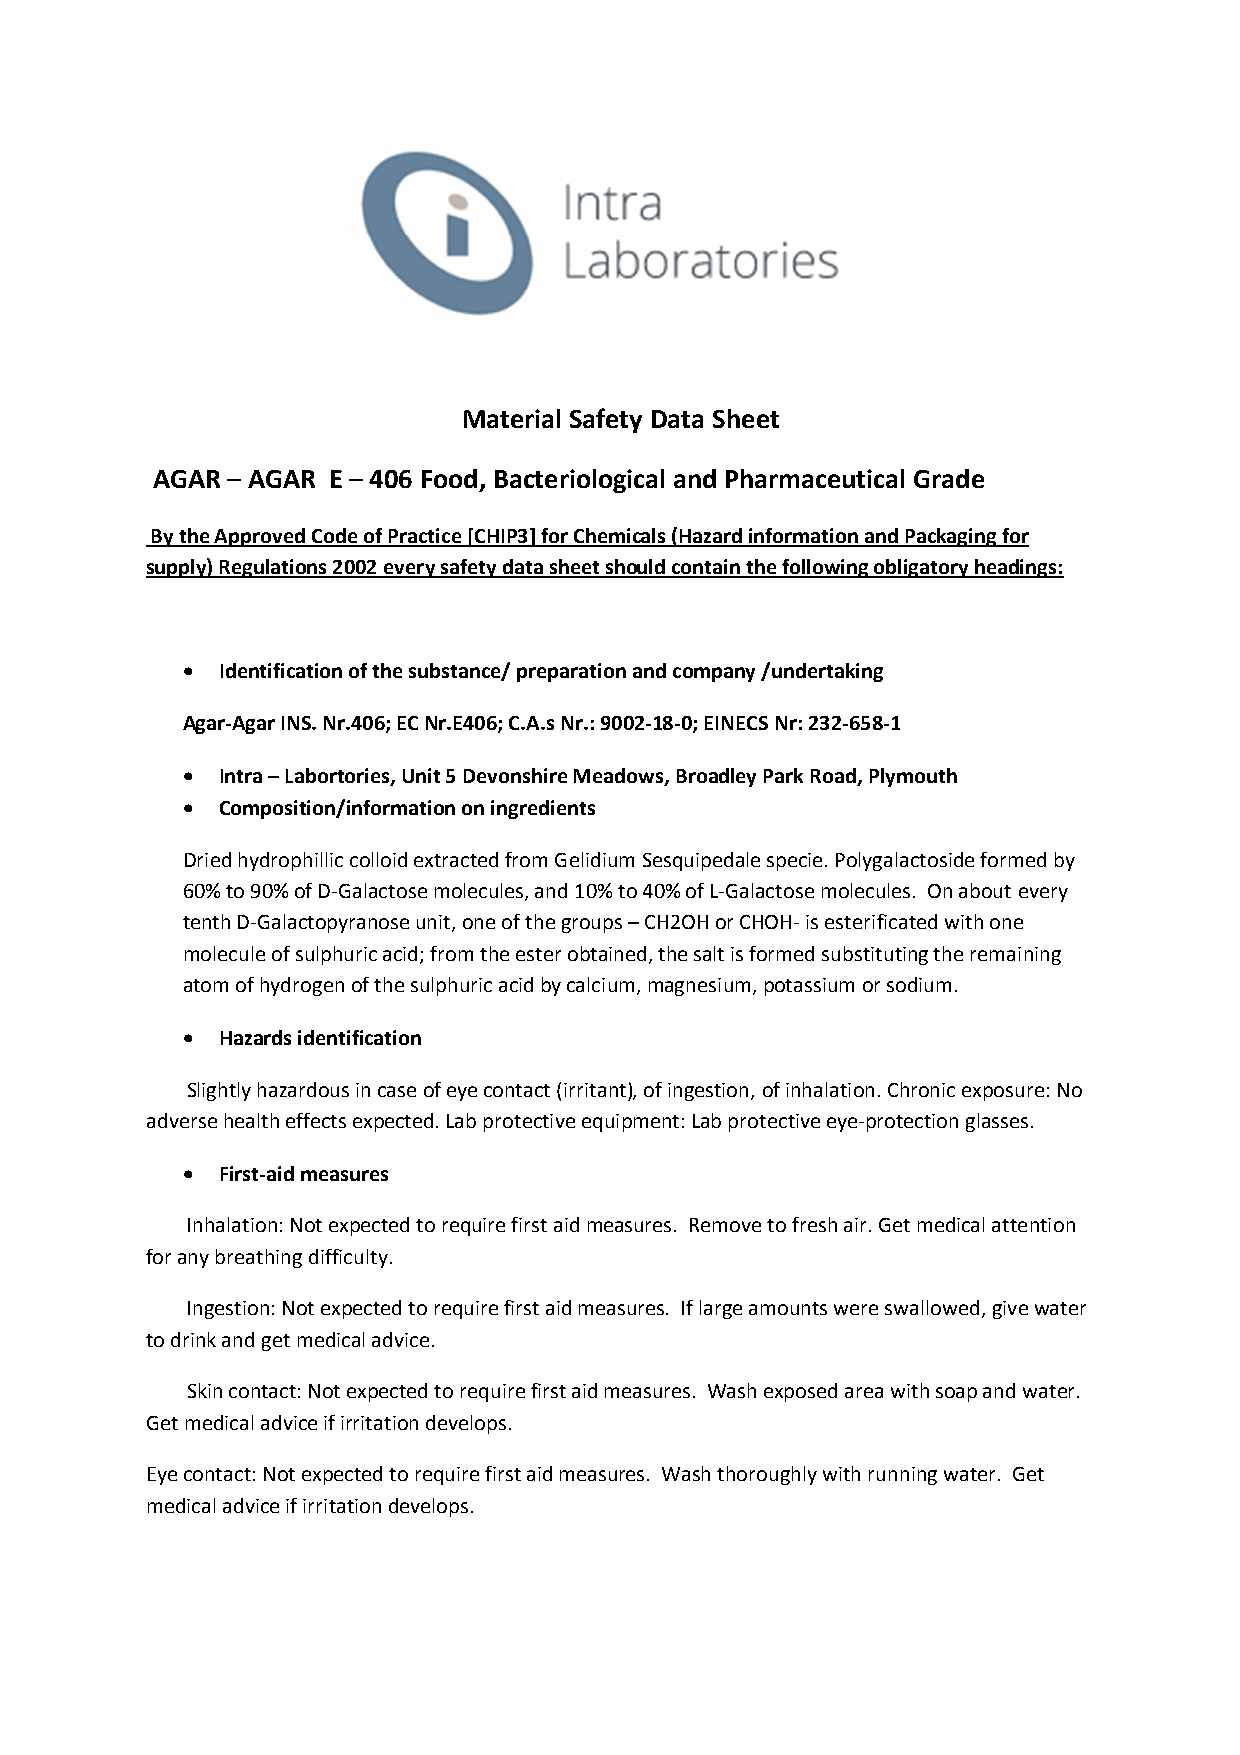
Material Safety Data Sheet
 AGAR – AGAR E – 406 Food, Bacteriological and Pharmaceutical Grade
 By the Approved Code of Practice [CHIP3] for Chemicals (Hazard information and Packaging for
 supply) Regulations 2002 every safety data sheet should contain the following obligatory headings:
 •  Identification of the substance/ preparation and company /undertaking
 Agar-Agar INS. Nr.406; EC Nr.E406; C.A.s Nr.: 9002-18-0; EINECS Nr: 232-658-1
 •  Intra – Labortories, Unit 5 Devonshire Meadows, Broadley Park Road, Plymouth
 •  Composition/information on ingredients
 Dried hydrophillic colloid extracted from Gelidium Sesquipedale specie. Polygalactoside formed by
 60% to 90% of D-Galactose molecules, and 10% to 40% of L-Galactose molecules. On about every
 tenth D-Galactopyranose unit, one of the groups – CH2OH or CHOH- is esterificated with one
 molecule of sulphuric acid; from the ester obtained, the salt is formed substituting the remaining
 atom of hydrogen of the sulphuric acid by calcium, magnesium, potassium or sodium.
 •  Hazards identification
 Slightly hazardous in case of eye contact (irritant), of ingestion, of inhalation. Chronic exposure: No
 adverse health effects expected. Lab protective equipment: Lab protective eye-protection glasses.
 •  First-aid measures
 Inhalation: Not expected to require first aid measures. Remove to fresh air. Get medical attention
 for any breathing difficulty.
 Ingestion: Not expected to require first aid measures. If large amounts were swallowed, give water
 to drink and get medical advice.
 Skin contact: Not expected to require first aid measures. Wash exposed area with soap and water.
 Get medical advice if irritation develops.
 Eye contact: Not expected to require first aid measures. Wash thoroughly with running water. Get
 medical advice if irritation develops.